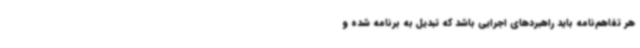
هر تفاهم‌نامه باید راهبردهای اجرایی باشد که تبدیل به برنامه شده و